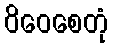
ဝိဝေစေတုံ